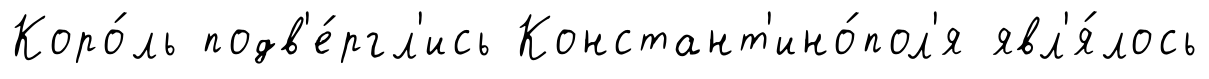
Коро́ль подв'е́ргл'ись Констант'ино́пол'я явл'я́лось